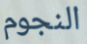
النجوم